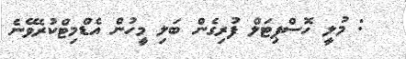
: މުލީ ހޮސްޕިޓަލް ފުރިގެން ބަލި މީހުން އެޑްމިޓްކުރެވޭނެ